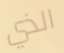
الذي